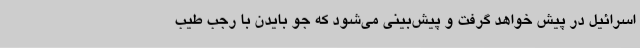
اسرائیل در پیش خواهد گرفت و پیش‌بینی می‌شود که جو بایدن با رجب طیب